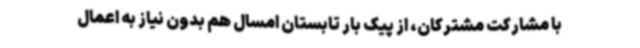
با مشارکت مشترکان، از پیک بار تابستان امسال هم بدون نیاز به اعمال